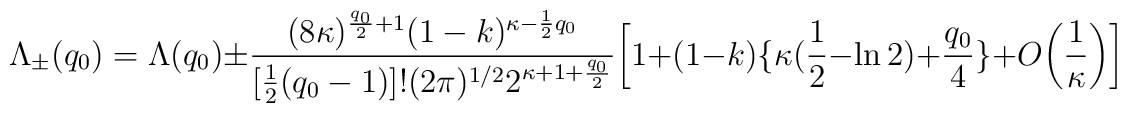
\Lambda_{\pm}(q_0)=\Lambda (q_0)\pm\frac{(8\kappa)^{\frac{q_0}{2}+1}(1-k)^{\kappa-\frac{1}{2}q_0}}{[\frac{1}{2}(q_0-1)]!(2\pi)^{1/2}2^{\kappa+1+\frac{q_0}{2}}}\bigg[1+(1-k)\{\kappa(\frac{1}{2}-\ln 2)+\frac{q_0}{4}\}+O\bigg(\frac{1}{\kappa}\bigg)\bigg]